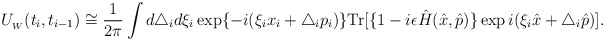
\begin{align*} U_{_W}(t_i, t_{i-1}) \cong \frac{1}{2\pi }\int d\triangle _id\xi _i \exp\{-i(\xi _ix_i+\triangle _ip_i)\} \textrm{Tr}[\{1-i\epsilon \hat{H}(\hat{x},\hat{p})\}\exp i(\xi _i\hat{x}+\triangle _i\hat{p})].\end{align*}